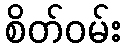
စိတ်ဝမ်း